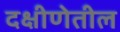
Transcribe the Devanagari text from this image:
दक्षीणेतील